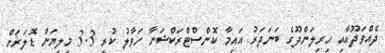
ދެއްވަދޫއާއި ހިރިލަންދޫގެ ބަނަދަރު އައިމާ ކޮންސްޓްރަކްޝަނާ ހަވާލު ކުރީ 3.3 މިލިޔަން ޑޮލަރަށް